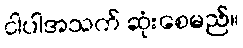
ငါပါအသက် ဆုံးစေမည်။